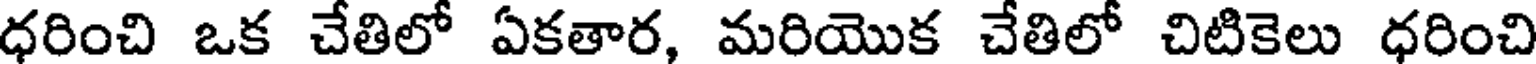
ధరించి ఒక చేతిలో ఏకతార, మరియొక చేతిలో చిటికెలు ధరించి